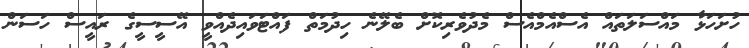
ހުށަހަޅާ މައްސަލަތައް އެސްއެމްއެސް މެދުވެރިކޮށް ބެލޭނެ ހިދުމަތް ފައްޓަވައިދެއްވީ އޭސީސީގެ ރައީސް ހަސަން